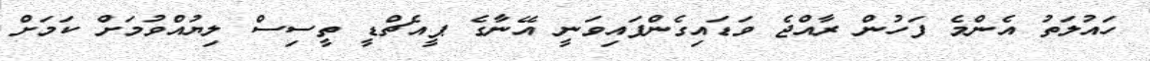
ހައުލަތު އެންމެ ފަހުން ރާއްޖެ ވަޑައިގެންފައިވަނީ އޭނާގެ ޕީއެޗްޑީ ތީސިސް ލިޔުއްވުމަށް ކަމަށް